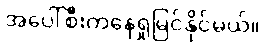
အပေါ်စီးကနေရှုမြင်နိုင်မယ်။